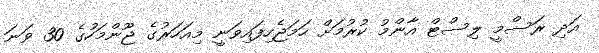
އަދި ރަސްމީ ލިސްޓް އާންމު ކުރުމަށް ހަމަޖެހިފައިވަނީ މިއަހަރުގެ ޖޫންމަހުގެ 30 ވަނަ